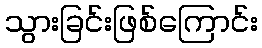
သွားခြင်းဖြစ်ကြောင်း